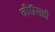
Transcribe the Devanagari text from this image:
बीऍसडी